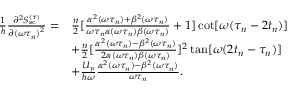
\begin{array} { r l } { \frac { 1 } { \hbar } \frac { \partial ^ { 2 } S _ { \mathrm { s c } } ^ { ( \tau ) } } { \partial { ( \omega \tau _ { n } ) } ^ { 2 } } = } & { \frac { n } { 2 } [ \frac { \alpha ^ { 2 } ( \omega \tau _ { n } ) + \beta ^ { 2 } ( \omega \tau _ { n } ) } { \omega \tau _ { n } \alpha ( \omega \tau _ { n } ) \beta ( \omega \tau _ { n } ) } + 1 ] \cot [ \omega ( \tau _ { n } - 2 t _ { n } ) ] } \\ & { + \frac { n } { 2 } [ \frac { \alpha ^ { 2 } ( \omega \tau _ { n } ) - \beta ^ { 2 } ( \omega \tau _ { n } ) } { 2 \alpha ( \omega \tau _ { n } ) \beta ( \omega \tau _ { n } ) } ] ^ { 2 } \tan [ \omega ( 2 t _ { n } - \tau _ { n } ) ] } \\ & { + \frac { U _ { \mathrm { p } } } { \hbar \omega } \frac { \alpha ^ { 2 } ( \omega \tau _ { n } ) - \beta ^ { 2 } ( \omega \tau _ { n } ) } { \omega \tau _ { n } } . } \end{array}